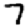
Digit: 7